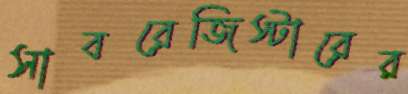
সাবরেজিস্টারের